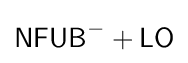
{\mathsf {NFUB}}^{-}+{\mathsf {LO}}